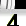
Digit: 4